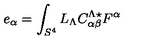
e _ { \alpha } = \int _ { S ^ { 4 } } L _ { \Lambda } C _ { \alpha \beta } ^ { \Lambda \star } F ^ { \alpha }